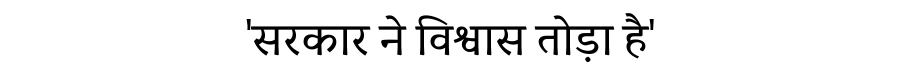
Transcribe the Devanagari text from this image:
'सरकार ने विश्वास तोड़ा है'